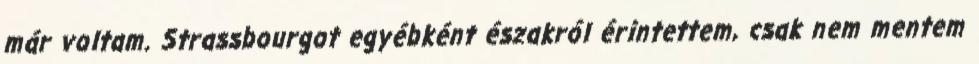
már voltam. Strassbourgot egyébként északról érintettem, csak nem mentem